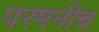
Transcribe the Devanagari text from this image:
परमनीच